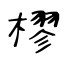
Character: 樛